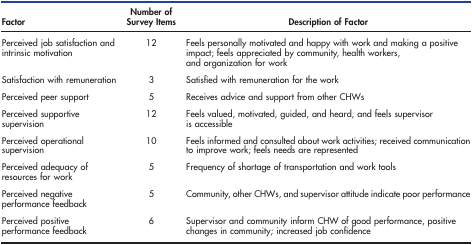
<table><thead><tr><td><b>Factor</b></td><td><b>Number of Survey Items</b></td><td><b>Description of Factor</b></td></tr></thead><tbody><tr><td>Perceived job satisfaction and intrinsic motivation</td><td>12</td><td>Feels personally motivated and happy with work and making a positive impact; feels appreciated by community, health workers, and organization for work</td></tr><tr><td>Satisfaction with remuneration</td><td>3</td><td>Satisfied with remuneration for the work</td></tr><tr><td>Perceived peer support</td><td>5</td><td>Receives advice and support from other CHWs</td></tr><tr><td>Perceived supportive supervision</td><td>12</td><td>Feels valued, motivated, guided, and heard, and feels supervisor is accessible</td></tr><tr><td>Perceived operational supervision</td><td>10</td><td>Feels informed and consulted about work activities; received communication to improve work; feels needs are represented</td></tr><tr><td>Perceived adequacy of resources for work</td><td>5</td><td>Frequency of shortage of transportation and work tools</td></tr><tr><td>Perceived negative performance feedback</td><td>5</td><td>Community, other CHWs, and supervisor attitude indicate poor performance</td></tr><tr><td>Perceived positive performance feedback</td><td>6</td><td>Supervisor and community inform CHW of good performance, positive changes in community; increased job confidence</td></tr></tbody></table>